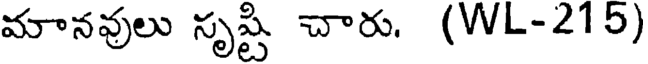
మానవులు సృష్టి చారు. (WL-215)